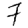
Digit: 7